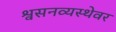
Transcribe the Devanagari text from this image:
श्वसनव्यस्थेवर